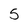
Character: 5